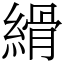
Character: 縎